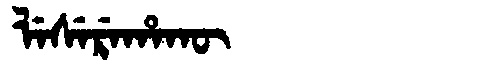
Manchu: ᠯᡝᠰᡝᡵᡝᡥᠠᡴᡡ
Romanization: LESEREHAKŪ